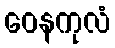
ဝေနကုလံ